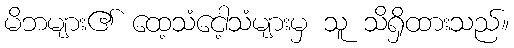
မိဘများ၏ ထေ့သံငေါ့သံများမှ သူ သိရှိထားသည်။